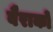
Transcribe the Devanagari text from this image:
बैराकों